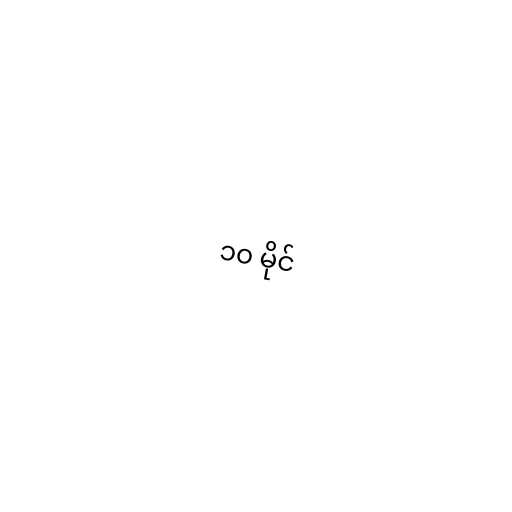
၁၀ မိုင်